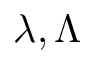
\lambda , \Lambda